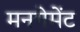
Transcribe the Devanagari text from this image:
मनगेमेंट